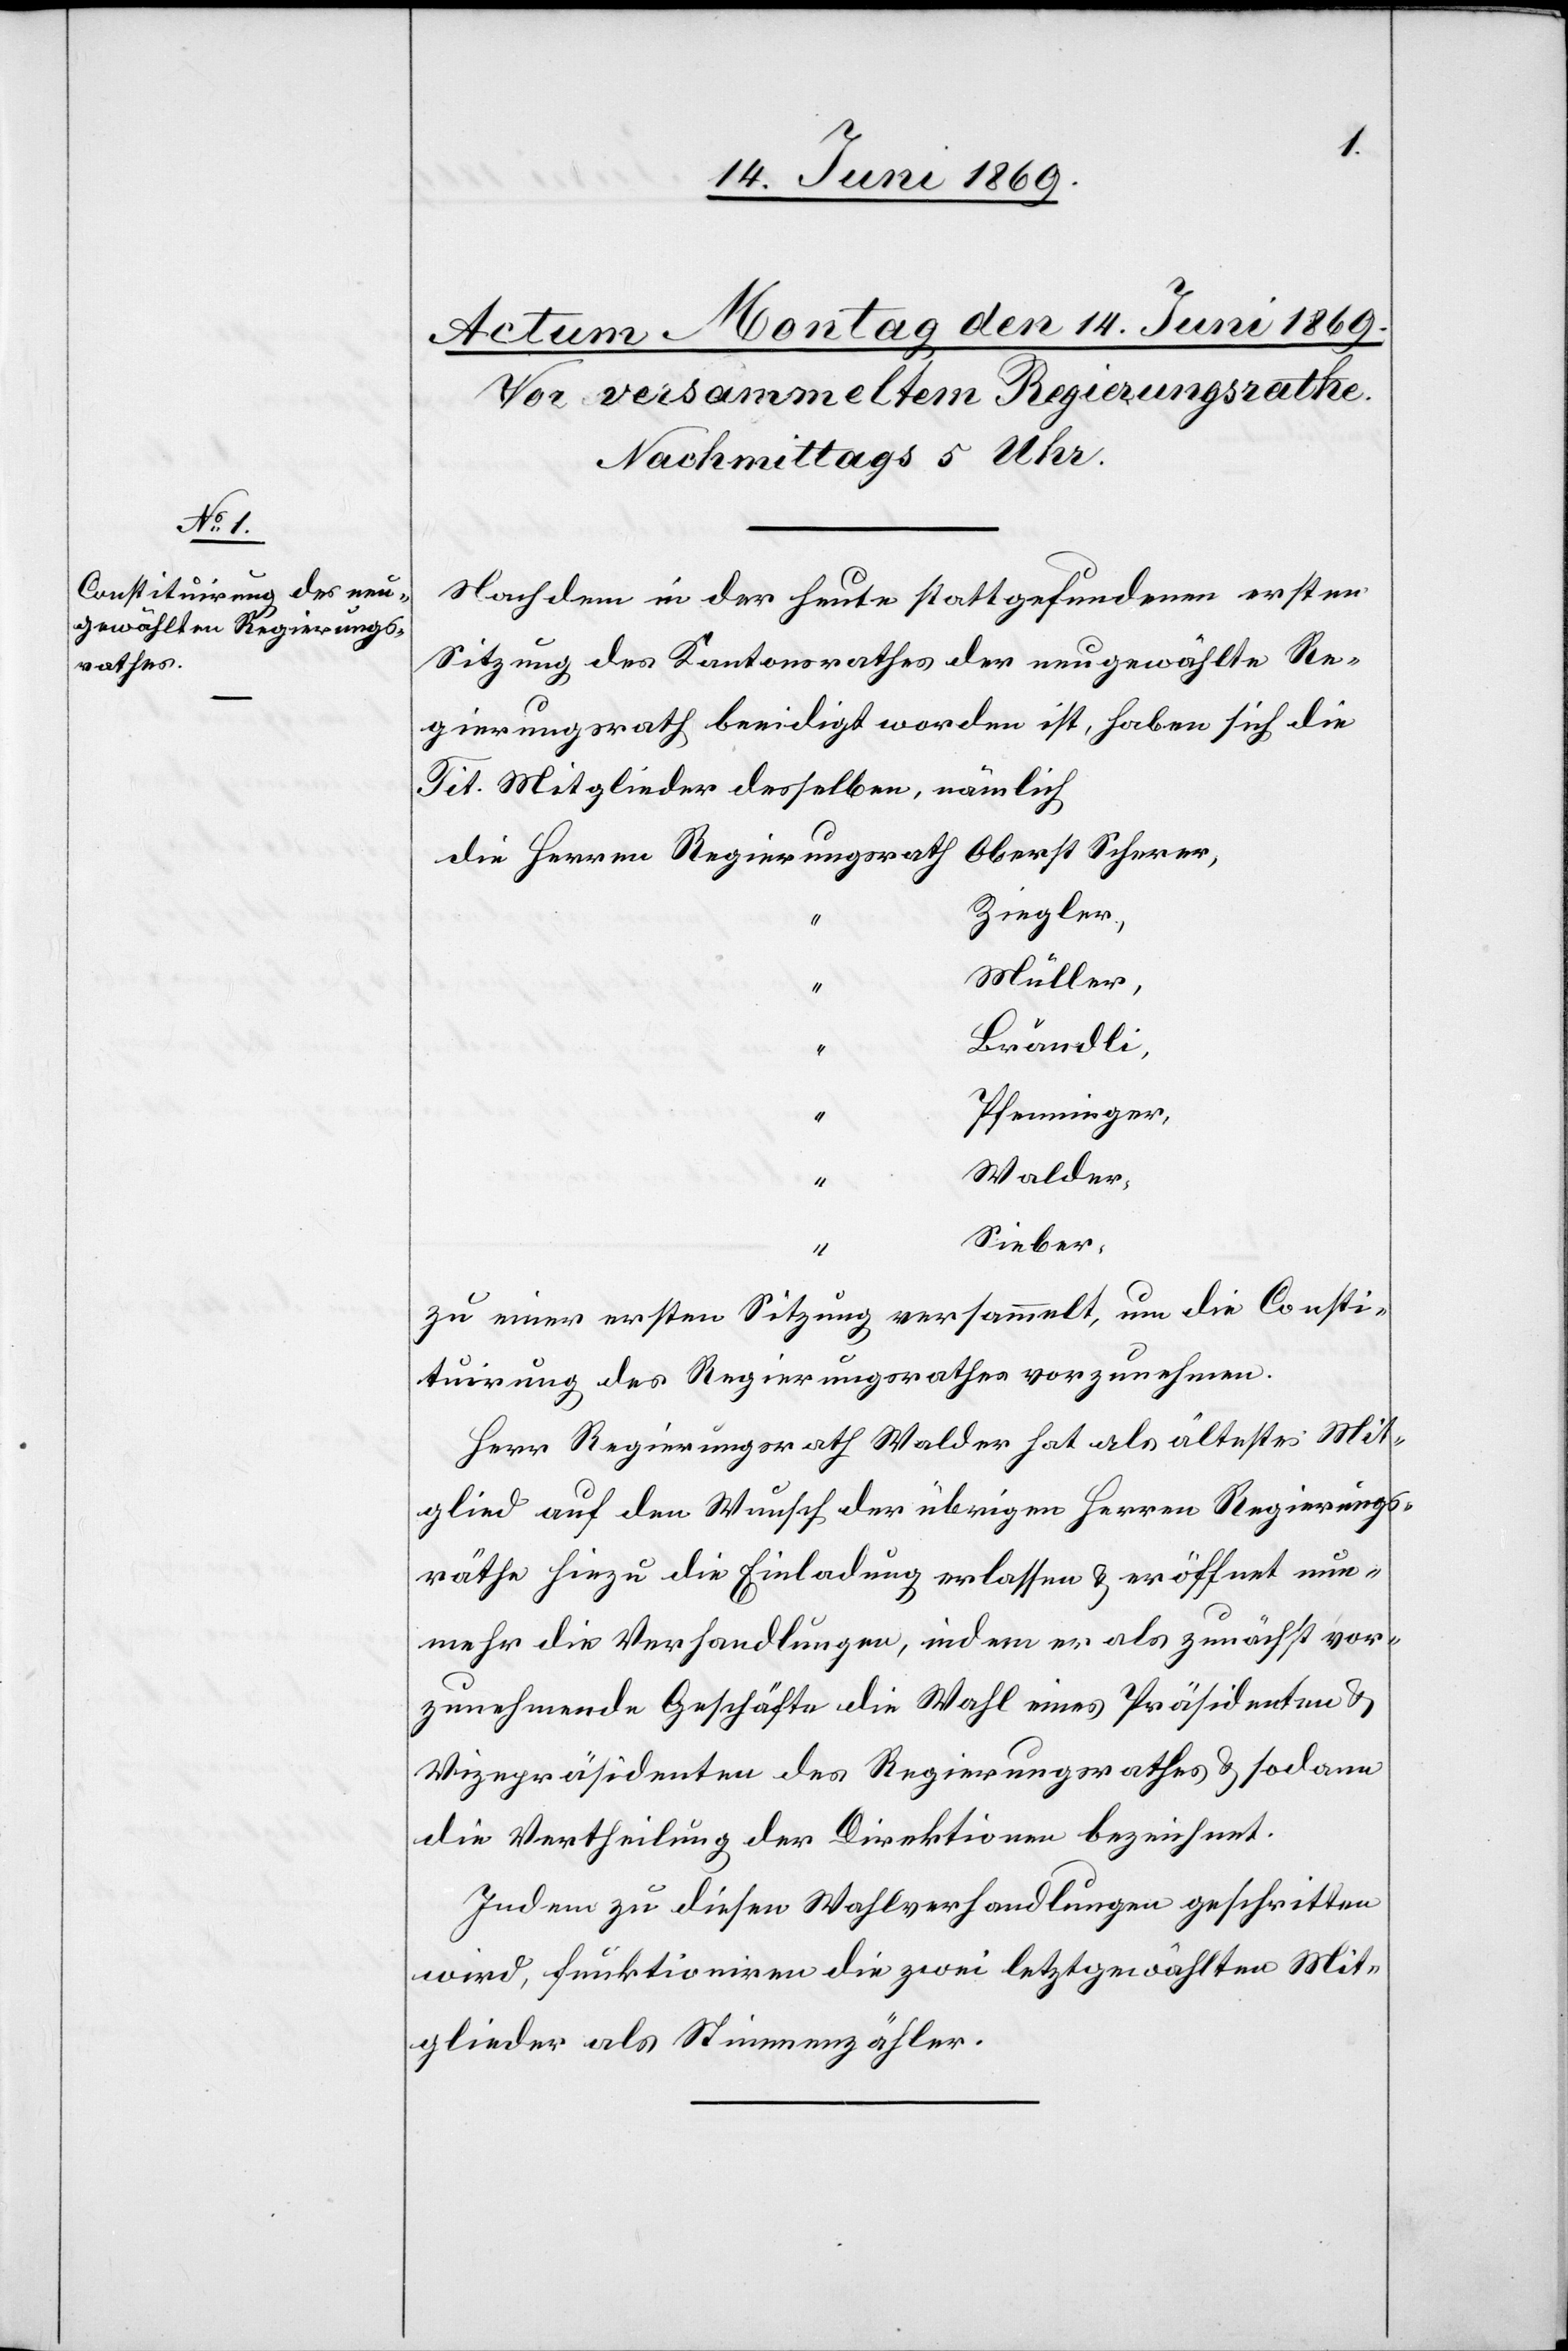
Nachdem in der heute stattgefundenen ersten
Sitzung des Kantonsrathes der neugewählte Re¬
gierungsrath beeidigt worden ist, haben sich die
Tit. Mitglieder desselben, nämlich
Die Herren Regierungsrath	Oberst Scherer,
“	Ziegler,
“	Müller,
“	Brändli,
“	Pfenninger,
“	Walder,
zu einer ersten Sitzung versammelt, um die Consti¬
tuirung des Regierungsrathes vorzunehmen.
Herr Regierungsrath Walder hat als ältestes Mit¬
glied auf den Wunsch der übrigen Herrn Regierungs¬
räthe hiezu die Einladung erlassen u. eröffnet nun¬
mehr die Verhandlungen, indem er als zunächst vor¬
zunehmende Geschäfte die Wahl eines Präsidenten u.
Vicepräsidenten des Regierungsrathes u. sodann
die Vertheilung der Direktionen bezeichnet.
Indem zu diesen Wahlverhandlungen geschritten
wird, funktioniren die zwei letztgewählten Mit¬
glieder als Stimmzähler.